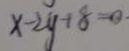
x - 2 y + 8 = 0